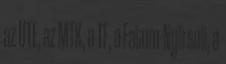
az UTE, az MTK, a TF, a Fatum-Nyírsuli, a